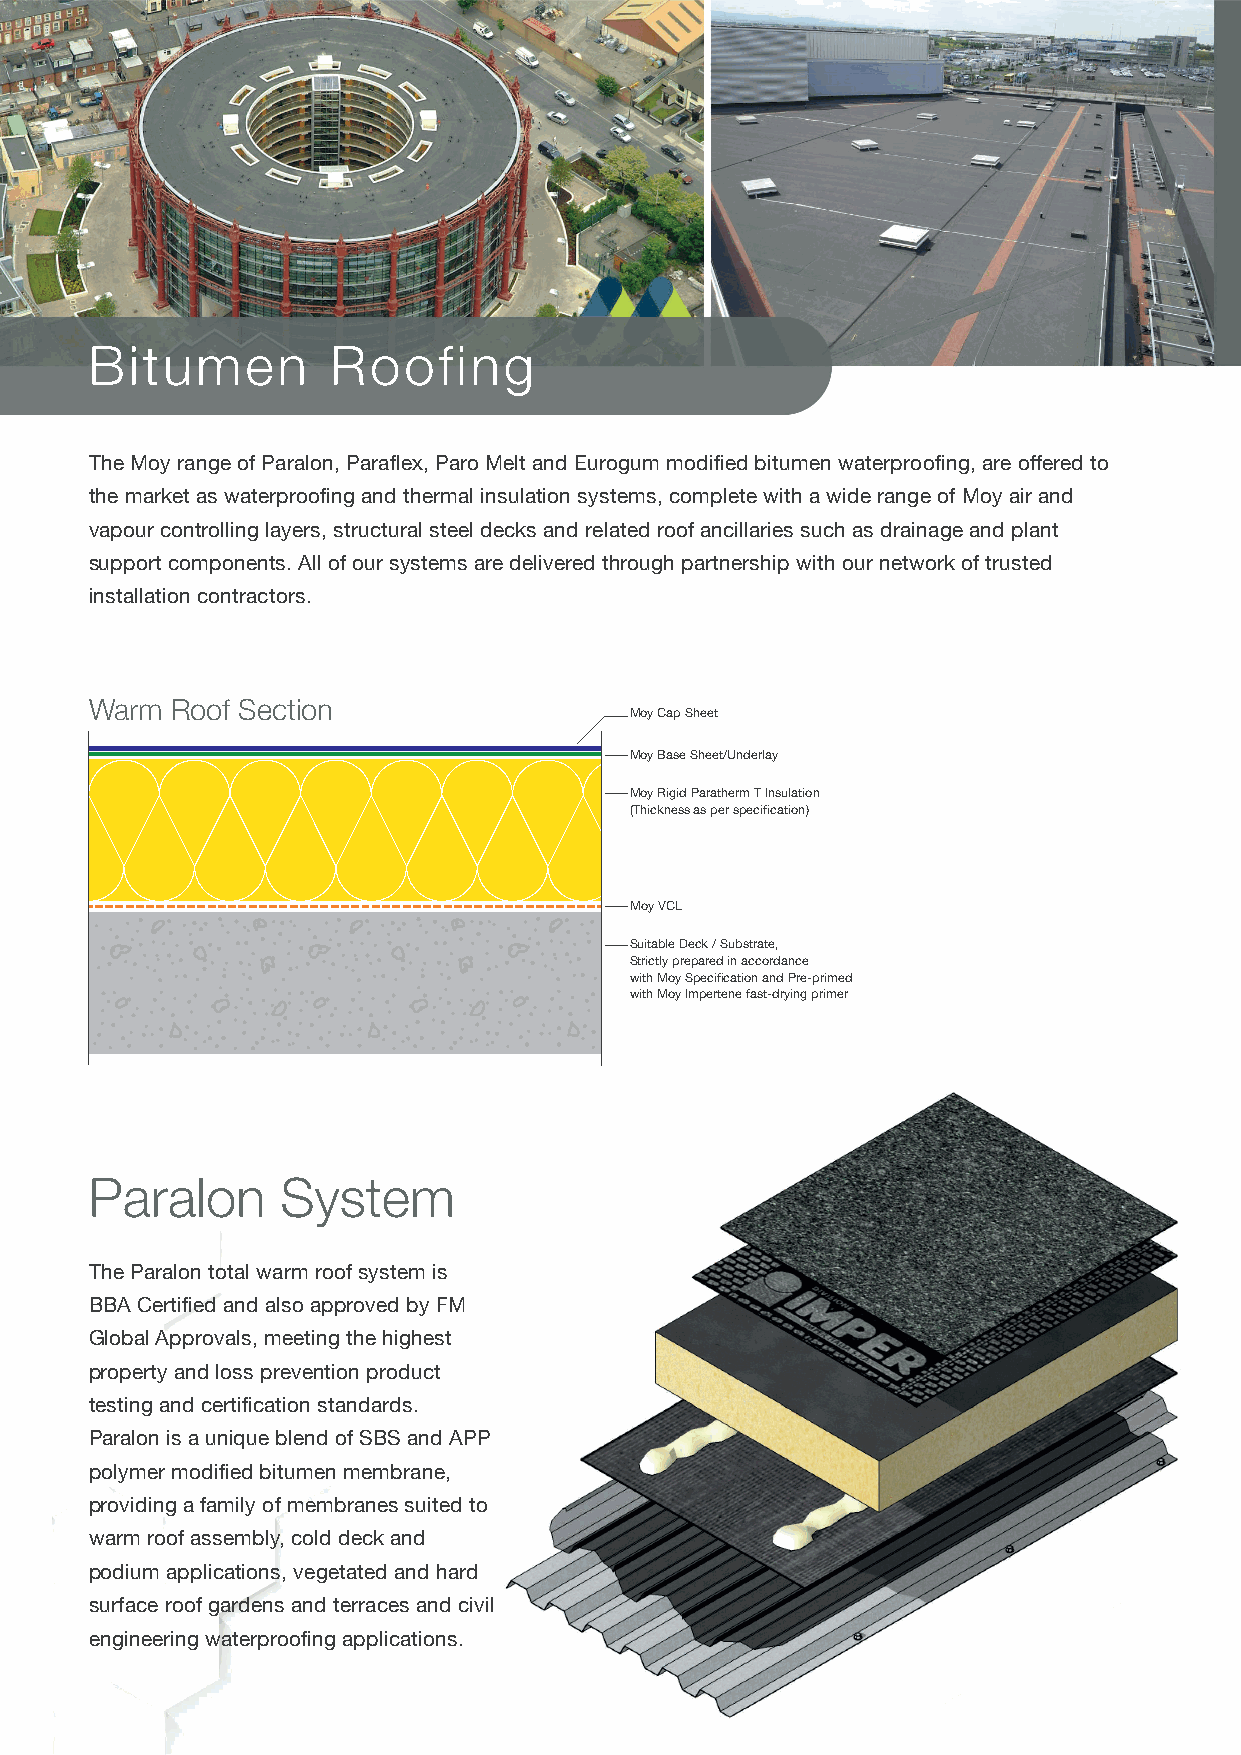
Bitumen         Roofing
 The Moy range of Paralon, Paraflex, Paro Melt and Eurogum modified bitumen waterproofing, are offered to
 the market as waterproofing and thermal insulation systems, complete with a wide range of Moy air and
 vapour controlling layers, structural steel decks and related roof ancillaries such as drainage and plant
 support components. All of our systems are delivered through partnership with our network of trusted
 installation contractors.
 Warm Roof Section
 Moy Cap Sheet
 Moy Base Sheet/Underlay
 Moy Rigid Paratherm T Insulation
 (Thickness as per specification)
 Moy VCL
 Suitable Deck / Substrate,
 Strictly prepared in accordance
 with Moy Specification and Pre-primed
 with Moy Impertene fast-drying primer
 Paralon      System
 The Paralon total warm roof system is
 BBA Certified and also approved by FM
 Global Approvals, meeting the highest
 property and loss prevention product
 testing and certification standards.
 Paralon is a unique blend of SBS and APP
 polymer modified bitumen membrane,
 providing a family of membranes suited to
 warm roof assembly, cold deck and
 podium applications, vegetated and hard
 surface roof gardens and terraces and civil
 engineering waterproofing applications.